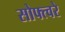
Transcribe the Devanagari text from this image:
सोफ्त्वरे